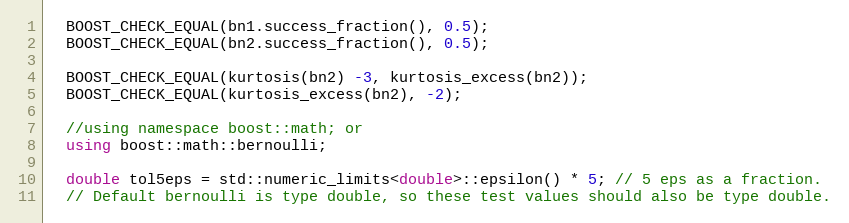
Language: C++
  BOOST_CHECK_EQUAL(bn1.success_fraction(), 0.5);
  BOOST_CHECK_EQUAL(bn2.success_fraction(), 0.5);

  BOOST_CHECK_EQUAL(kurtosis(bn2) -3, kurtosis_excess(bn2));
  BOOST_CHECK_EQUAL(kurtosis_excess(bn2), -2);

  //using namespace boost::math; or
  using boost::math::bernoulli;

  double tol5eps = std::numeric_limits<double>::epsilon() * 5; // 5 eps as a fraction.
  // Default bernoulli is type double, so these test values should also be type double.